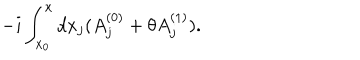
LaTeX: - i \int _ { x _ { 0 } } ^ { x } d x _ { j } ( A _ { j } ^ { ( 0 ) } + \theta A _ { j } ^ { ( 1 ) } ) . \nonumber